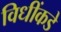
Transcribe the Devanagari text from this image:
विधींकडे